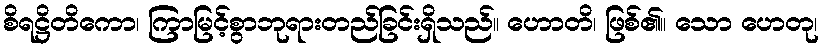
စိရဋ္ဌိတိကော၊ ကြာမြင့်စွာဘုရားတည်ခြင်းရှိသည်။ ဟောတိ၊ ဖြစ်၏။ သော ဟေတု၊